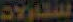
المقاولات